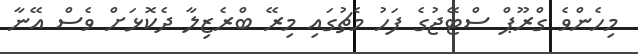
މިހެންވެ ގްރޫޕް ސްޓޭޖުގެ ފަހު މެޗުގައި މިރޭ ބްރެޒިލާ ދެކޮޅަށް ވެސް އޭނާ